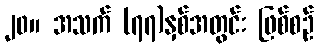
၂၀။ အသက် (၇၇)နှစ်အတွင်း ဖြစ်စဉ်